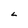
Character: L